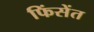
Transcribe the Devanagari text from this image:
फिंसेंत